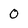
Character: O